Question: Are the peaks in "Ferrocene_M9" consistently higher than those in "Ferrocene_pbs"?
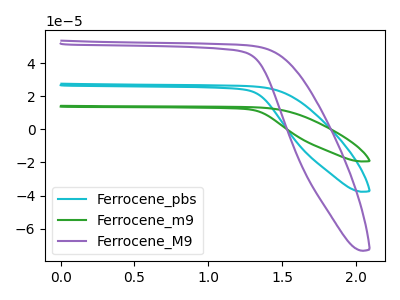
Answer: <think>The cyan curve "Ferrocene_pbs" has no peaks. The green curve "Ferrocene_m9" has no peaks. The purple curve "Ferrocene_M9" has no peaks.</think>
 <answer>Niether CV has any peaks.</answer>
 <eval>blanks</eval>